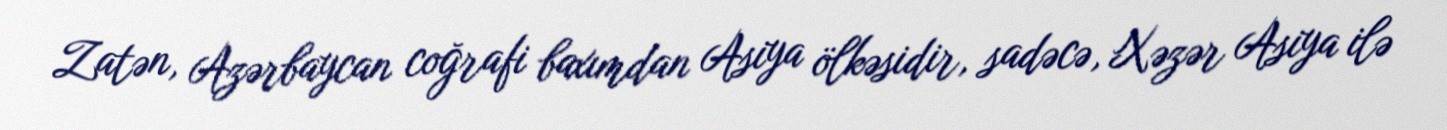
Zatən, Azərbaycan coğrafi baxımdan Asiya ölkəsidir, sadəcə, Xəzər Asiya ilə